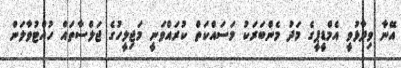
އޭނާ ވިދާޅުވީ އެމްޑީޕީގެ މަދު މެންބަރަކު މަސައްކަތް ކުރައްވަނީ މަޖިލީހުގެ ޖަލްސާތައް ހުއްޓުވާލަން